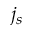
j _ { s }